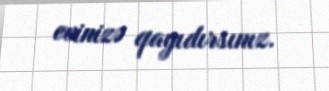
evinizə qayıdırsınız.